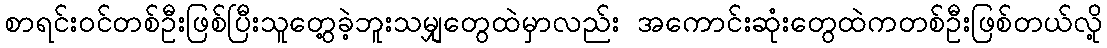
စာရင်းဝင်တစ်ဦးဖြစ်ပြီးသူတွေ့ခဲ့ဘူးသမျှတွေထဲမှာလည်း အကောင်းဆုံးတွေထဲကတစ်ဦးဖြစ်တယ်လို့